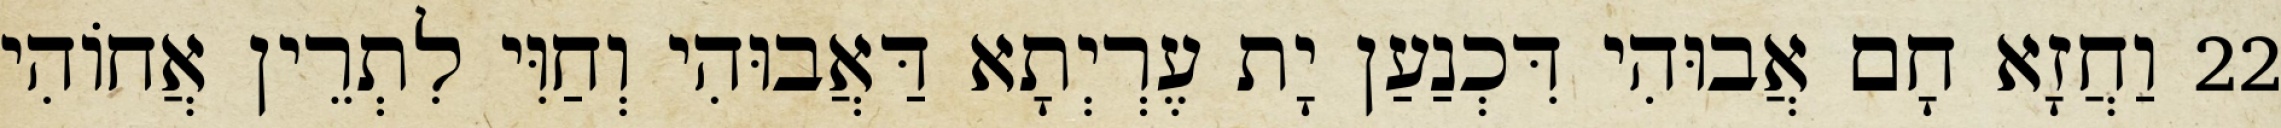
22 וַחֲזָא חָם אֲבוּהִי דִּכְנַעַן יָת עֶרְיְתָא דַּאֲבוּהִי וְחַוִּי לִתְרֵין אֲחוֹהִי